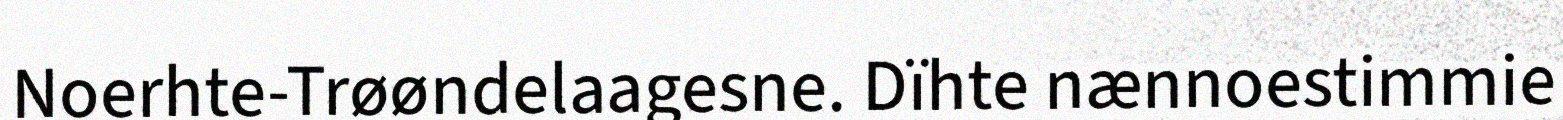
Noerhte-Trøøndelaagesne. Dïhte nænnoestimmie